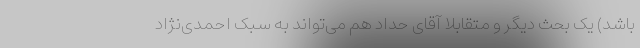
باشد) یک بحث دیگر و متقابلا آقای حداد هم می‌تواند به سبک احمدی‌نژاد